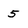
Character: 5